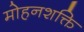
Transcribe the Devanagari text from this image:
मोहनशक्ति